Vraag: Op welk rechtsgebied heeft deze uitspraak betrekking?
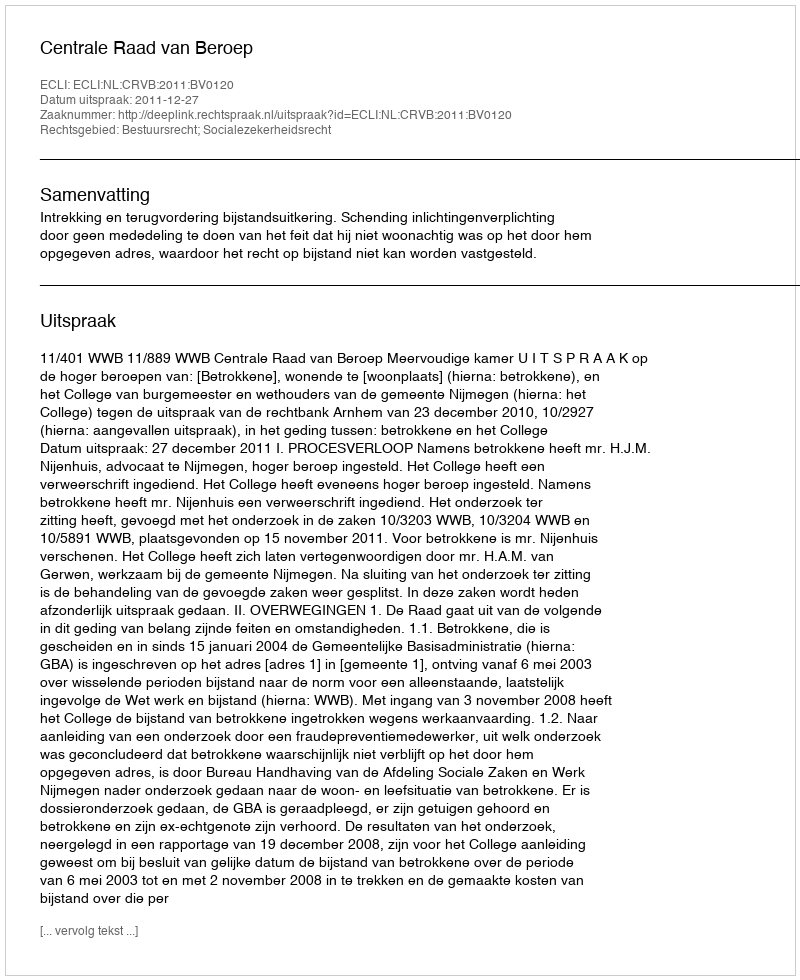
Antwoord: Bestuursrecht; Socialezekerheidsrecht